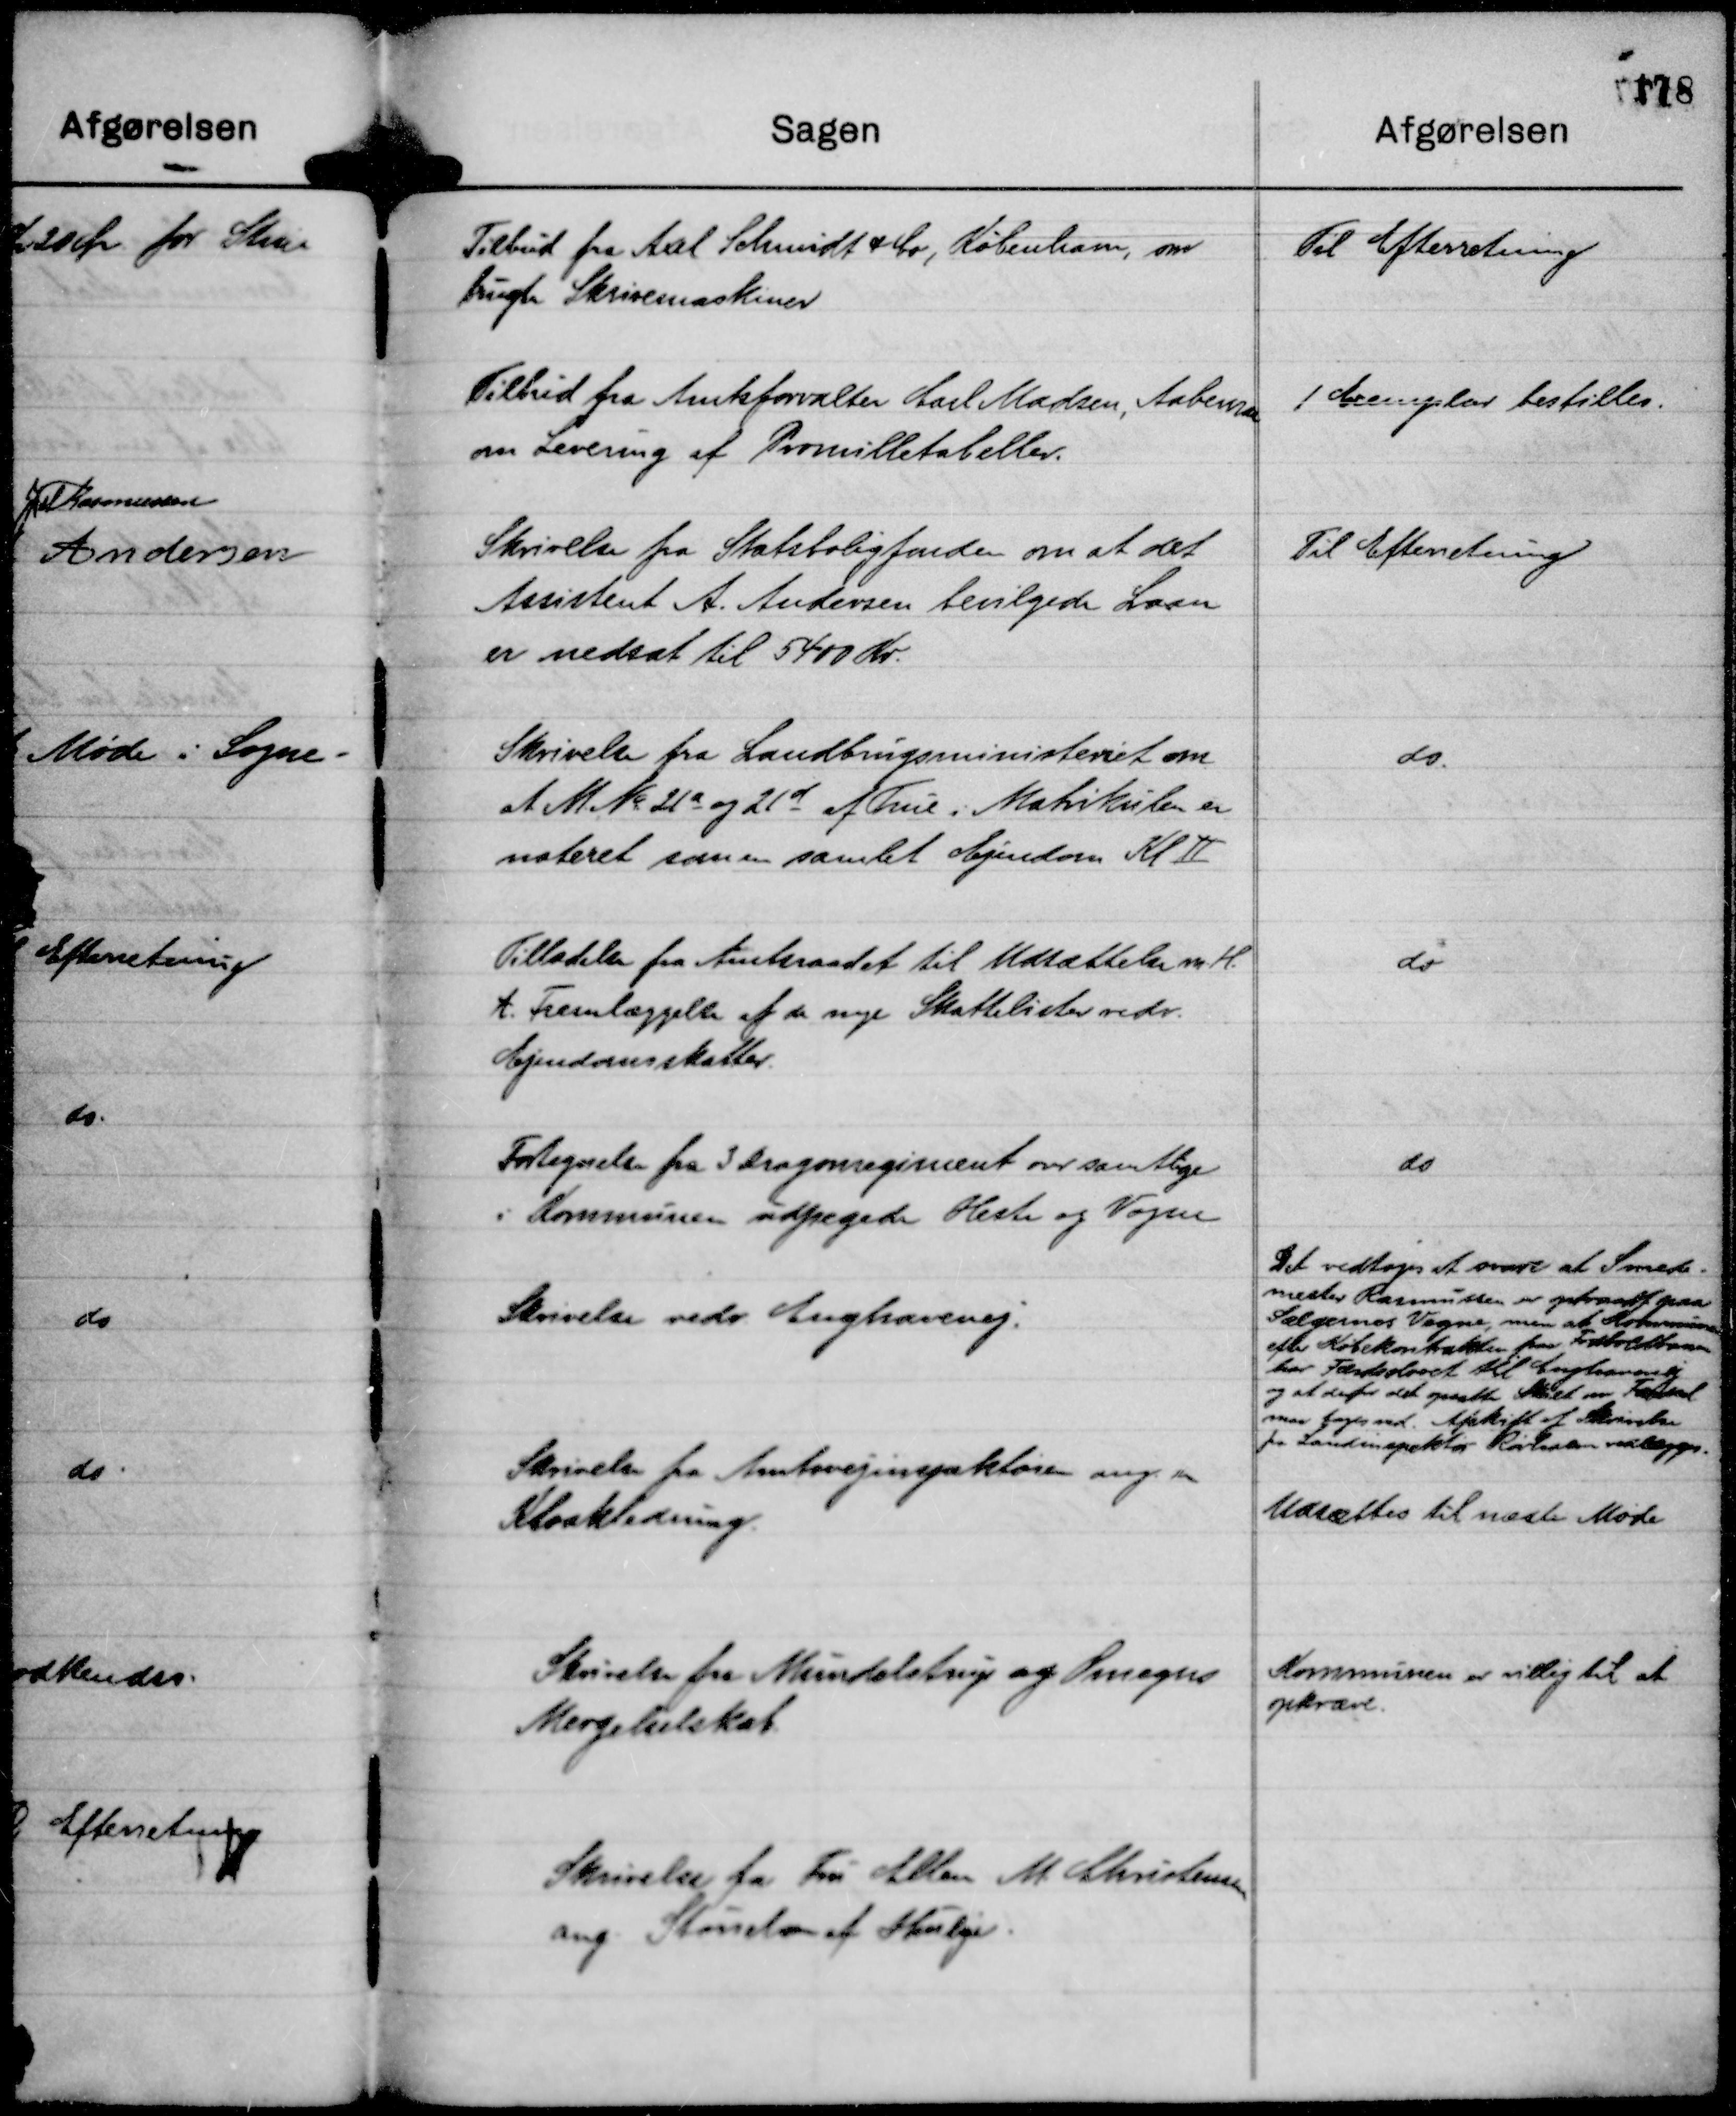
Transskription:
Tilbud fra Axel Schmidt & Co, København, om
brugte Skrivemaskiner

Til Efterretning

Tilbud fra Amtsforvalter Carl Madsen, Aabenraa
om Levering af Promilletabeller.

1 Exemplar bestilles.

Skrivelse fra Statsboligfonden om at det
Assistent A. Andersen bevilgede Laan
er nedsat til 5400 Kr.

Til Efterretning

Skrivelse fra Landbrugsministeriet om
at M. No 21 a og 21 d af True i Matrikulen er
noteret som en samlet Ejendom Kl Ⅱ

do

Tilladelse fra Amtsraadet til Udsættelse m. H. 
t. Fremlæggelse af de nye Skattelister vedr.
Ejendomsskatter.

do

Fortegnelse fra 3 Dragonregiment over samtlige
i Kommunen udpegede Heste og Vogne

do

Skrivelse vedr Enghavevej.

Det vedtoges at svare at Smede-
mester Rasmussen er optraadt paa
Sælgernes Vegne, men at Rasmussen
efter Købekontrakten fra Fodboldbanen
har Færdselsret til Enghavevej
og at derfor det opsatte Skilt om Færdsel
maa tages ned. Afskrift af Skrivelse
fra Landinspektør Rørholm vedlægges.

Skrivelse fra Amtsvejinspektøren ang. en
Kloakledning.

Udsættes til næste Møde

Skrivelse fra Mundelstrup og Omegns
Mergelselskab

Kommunen er villig til at
opkræve.

Skrivelse fra Fru Ellen M. Christensen
ang. Størrelsen af Husleje.